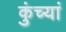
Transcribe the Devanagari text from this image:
कुंच्यां